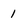
Character: 1